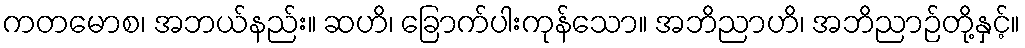
ကတမောစ၊ အဘယ်နည်း။ ဆဟိ၊ ခြောက်ပါးကုန်သော။ အဘိညာဟိ၊ အဘိညာဉ်တို့နှင့်။